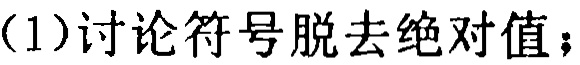
（1）讨论符号脱去绝对值；